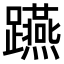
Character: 𨇟